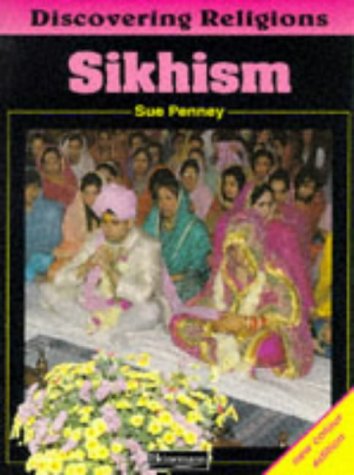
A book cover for Discovering Religions: Sikhism Core Student Book; Sue Penney; Teen & Young Adult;